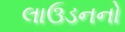
લાઉડનનો